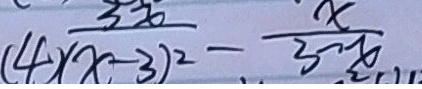
\frac { 3 x } { ( 4 ) ( x - 3 ) ^ { 2 } } - \frac { x } { 3 - x }